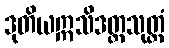
ဒုတိယဣသိဒတ္တသုတ္တံ